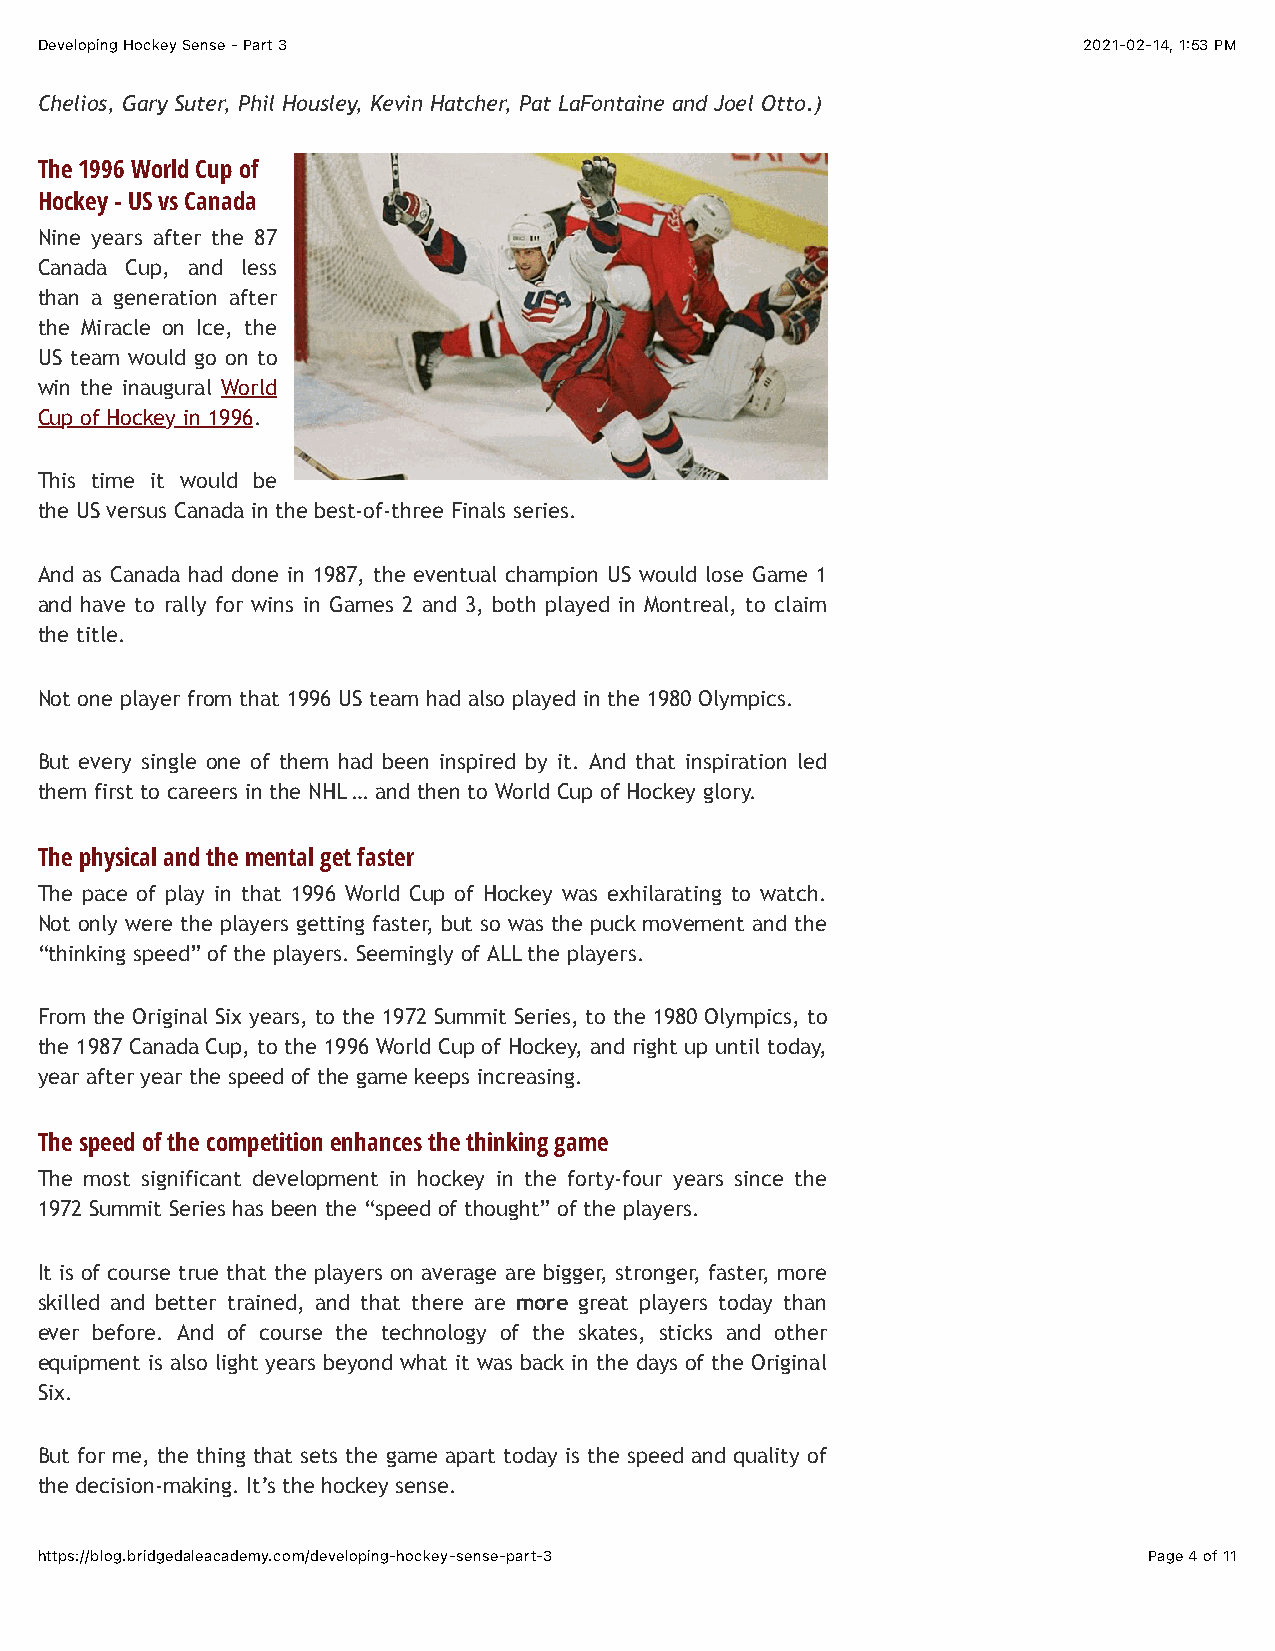
Developing Hockey Sense - Part 3                                      2021-02-14, 1:53 PM
 Chelios, Gary Suter, Phil Housley, Kevin Hatcher, Pat LaFontaine and Joel Otto.)
 The 1996 World Cup of
 Hockey - US vs Canada
 Nine years after the 87
 Canada Cup, and less
 than a generation after
 the Miracle on Ice, the
 US team would go on to
 win the inaugural World
 Cup of Hockey in 1996.
 This time it would be
 the US versus Canada in the best-of-three Finals series.
 And as Canada had done in 1987, the eventual champion US would lose Game 1
 and have to rally for wins in Games 2 and 3, both played in Montreal, to claim
 the title.
 Not one player from that 1996 US team had also played in the 1980 Olympics.
 But every single one of them had been inspired by it. And that inspiration led
 them first to careers in the NHL … and then to World Cup of Hockey glory.
 The physical and the mental get faster
 The pace of play in that 1996 World Cup of Hockey was exhilarating to watch.
 Not only were the players getting faster, but so was the puck movement and the
 “thinking speed” of the players. Seemingly of ALL the players.
 From the Original Six years, to the 1972 Summit Series, to the 1980 Olympics, to
 the 1987 Canada Cup, to the 1996 World Cup of Hockey, and right up until today,
 year after year the speed of the game keeps increasing.
 The speed of the competition enhances the thinking game
 The most significant development in hockey in the forty-four years since the
 1972 Summit Series has been the “speed of thought” of the players.
 It is of course true that the players on average are bigger, stronger, faster, more
 skilled and better trained, and that there are more great players today than
 ever before. And of course the technology of the skates, sticks and other
 equipment is also light years beyond what it was back in the days of the Original
 Six.
 But for me, the thing that sets the game apart today is the speed and quality of
 the decision-making. It’s the hockey sense.
 https://blog.bridgedaleacademy.com/developing-hockey-sense-part-3         Page 4 of 11